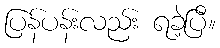
ပြန်ပန်းလည်း ရခဲ့ပြီ။